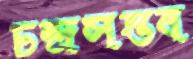
চন্দ্রসম্ভব